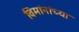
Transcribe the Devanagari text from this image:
विमांनांच्या